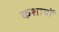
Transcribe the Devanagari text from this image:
कशायों